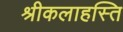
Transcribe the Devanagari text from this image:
श्रीकलाहस्ति